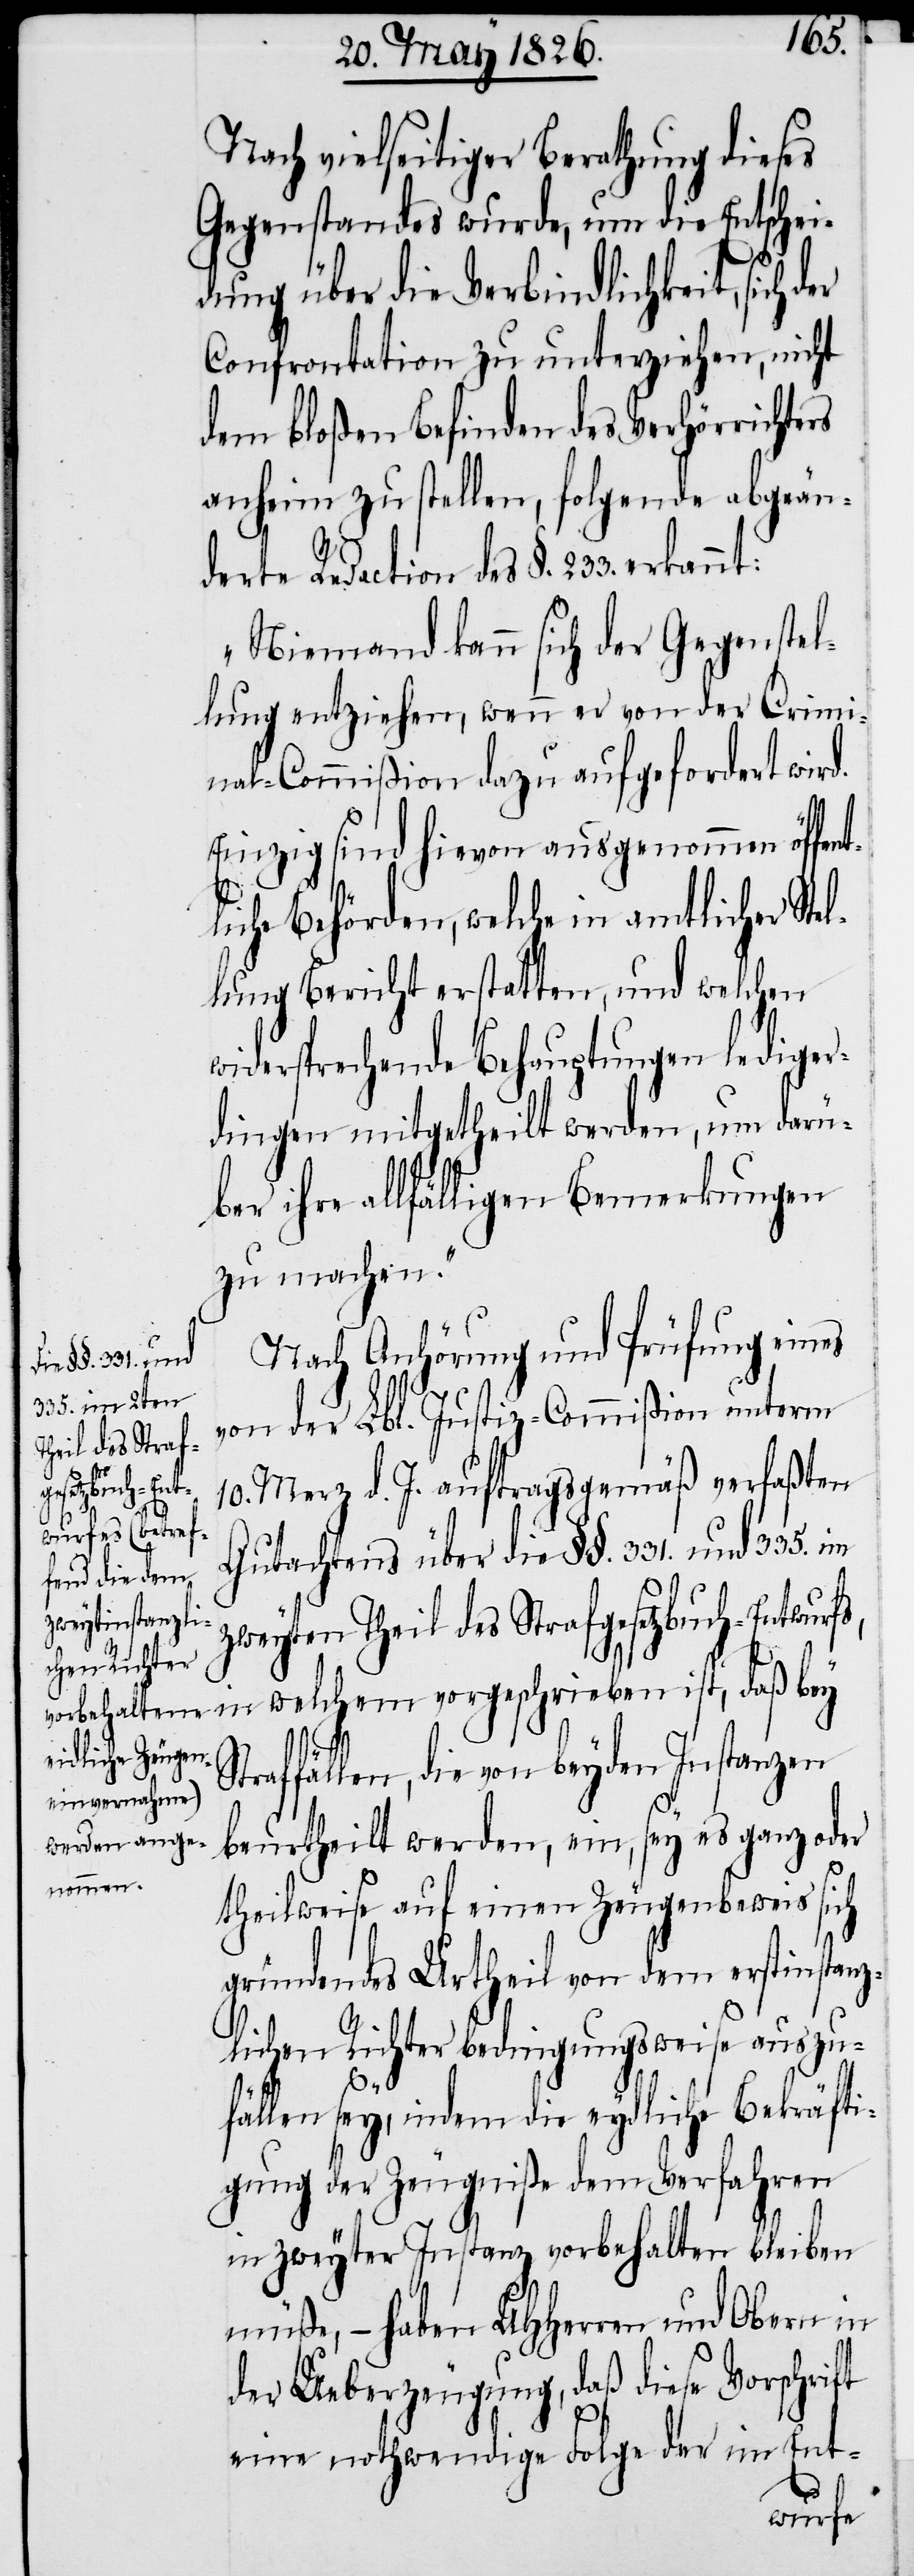
Theil des Straf¬
gesetzbuch-Ent¬

Nach vielseitiger Berathung dieses
Gegenstandes wurde, um die Entschei¬
dung über die Verbindlichkeit, sich
Confrontation zu unterziehen, nicht
dem bloßen Befinden des Verhörrichte¬
anheim zu stellen, folgende abgeän¬
derte Redaction des §. 233. erk¬
„Niemand kann sich der Gegenstel¬
lung entziehen, wenn er von der Crimi¬
nal-Commißion dazu aufgefordert wird.
Einzig sind hievon ausgenommen öffe¬
liche Behörden, welche in amtlicher Ste¬
lung Bericht erstatten, und welchen
widersprechende Behauptungen lediger¬
dingen mitgetheilt werden, um darü¬
ber ihre allfälligen Bemerkungen
zu machen.“
Nach Anhörung und Prüfung eines
von der Lbl. Justiz-Commißion unterm
10. Merz d. J. auftragsgemäß verfaßten
Gutachtens über die §§. 331. und 335. im
in welchem vorgeschrieben ist, daß bey
l¬
Straffällen, die von beyden Instanzen
beurtheilt werden, ein, sey es ganz oder
theilweise auf einen Zeugenbeweis sich
gründendes Urhteil von dem erstinstanz¬
lichen Richter bedingungsweise auszu¬
fällen sey, indem die eydliche Bekräfti¬
gung der Zeugniße dem Verfahren
in zweyter Instanz vorbehalten bleiben
müße, – haben UHHerren und Obern in
der Ueberzeugung, daß diese Vorschrift
eine nothwendige Folge der im Ent-
wurfs,